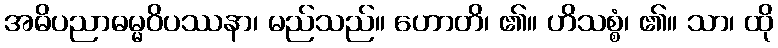
အဓိပညာဓမ္မဝိပဿနာ၊ မည်သည်။ ဟောတိ၊ ၏။ ဟိသစ္စံ၊ ၏။ သာ၊ ထို